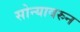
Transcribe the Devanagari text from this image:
सोन्यावरुन